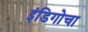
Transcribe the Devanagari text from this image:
इंडिगोचा